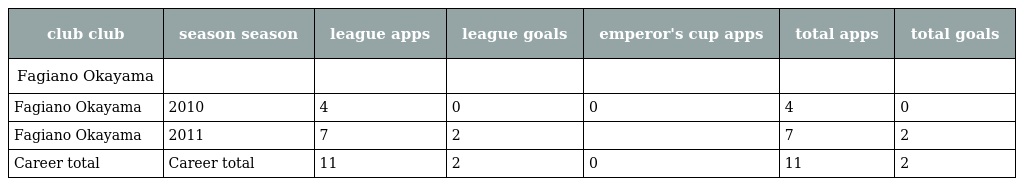
| club club | season season | league apps | league goals | emperor's cup apps | total apps | total goals |
 | --- | --- | --- | --- | --- | --- | --- |
 | Fagiano Okayama |  |  |  |  |  |  |
 | Fagiano Okayama | 2010 | 4 | 0 | 0 | 4 | 0 |
 | Fagiano Okayama | 2011 | 7 | 2 |  | 7 | 2 |
 | Career total | Career total | 11 | 2 | 0 | 11 | 2 |